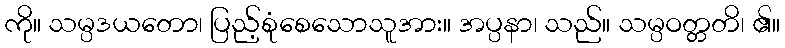
ကို။ သမ္ပဒယတော၊ ပြည့်စုံစေသောသူအား။ အပ္ပနာ၊ သည်။ သမ္ပဝတ္တတိ၊ ၏။